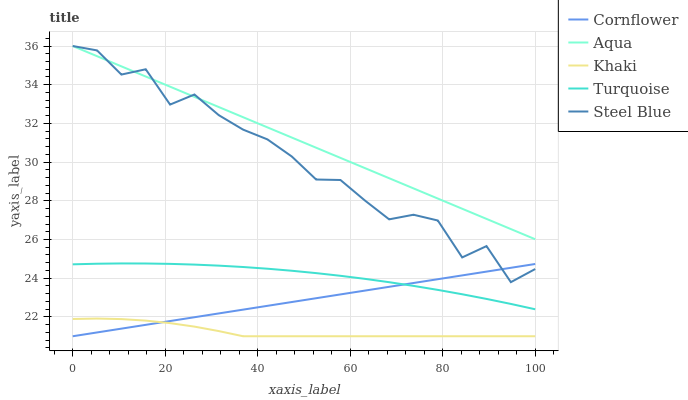
| xaxis_label | Cornflower | Aqua | Khaki | Turquoise | Steel Blue |
 | --- | --- | --- | --- | --- | --- |
 | 0 | 21 | 36 | 21.9 | 24.7 | 36 |
 | 5.26 | 21.2 | 35.5 | 21.9 | 24.7 | 35.8 |
 | 10.5 | 21.4 | 34.9 | 21.9 | 24.8 | 34.5 |
 | 15.8 | 21.6 | 34.4 | 21.8 | 24.8 | 34.8 |
 | 21.1 | 21.8 | 33.9 | 21.7 | 24.7 | 33 |
 | 26.3 | 22 | 33.4 | 21.5 | 24.7 | 33.5 |
 | 31.6 | 22.2 | 32.8 | 21.3 | 24.6 | 32.4 |
 | 36.8 | 22.4 | 32.3 | 21 | 24.6 | 31.7 |
 | 42.1 | 22.6 | 31.8 | 21 | 24.5 | 31.2 |
 | 47.4 | 22.8 | 31.3 | 21 | 24.4 | 30.3 |
 | 52.6 | 23 | 30.7 | 21 | 24.3 | 29.1 |
 | 57.9 | 23.2 | 30.2 | 21 | 24.1 | 29.1 |
 | 63.2 | 23.4 | 29.7 | 21 | 24 | 28 |
 | 68.4 | 23.6 | 29.2 | 21 | 23.8 | 27 |
 | 73.7 | 23.8 | 28.6 | 21 | 23.6 | 27.3 |
 | 78.9 | 23.9 | 28.1 | 21 | 23.4 | 27 |
 | 84.2 | 24.1 | 27.6 | 21 | 23.2 | 25.1 |
 | 89.5 | 24.3 | 27.1 | 21 | 22.9 | 25.7 |
 | 94.7 | 24.5 | 26.5 | 21 | 22.7 | 23.8 |
 | 100 | 24.7 | 26 | 21 | 22.4 | 24.5 |